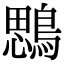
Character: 𪃄